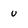
Character: u